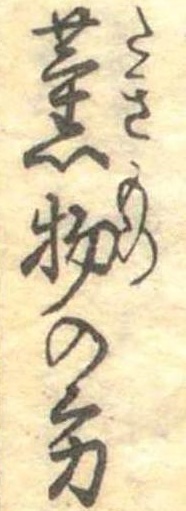
薫物の方